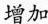
增加